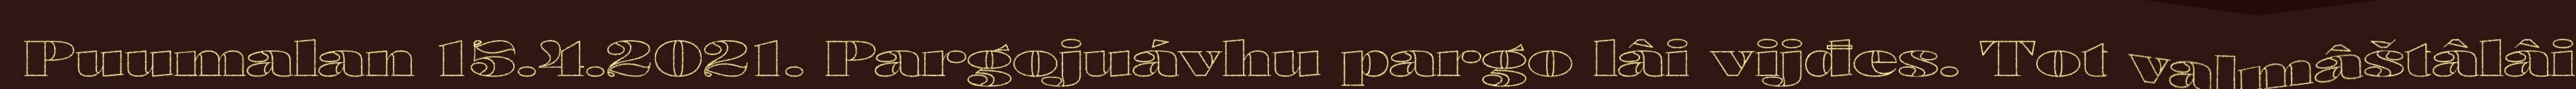
Puumalan 15.4.2021. Pargojuávhu pargo lâi vijđes. Tot valmâštâlâi